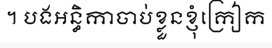
។ បងអន្ធិកាចាប់ខ្លួនខ្ញុំក្រៀក